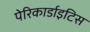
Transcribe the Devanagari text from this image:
पेरिकार्डाइटिस